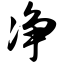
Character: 净